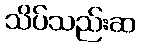
သိပ်သည်းဆ